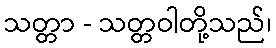
သတ္တာ - သတ္တဝါတို့သည်၊